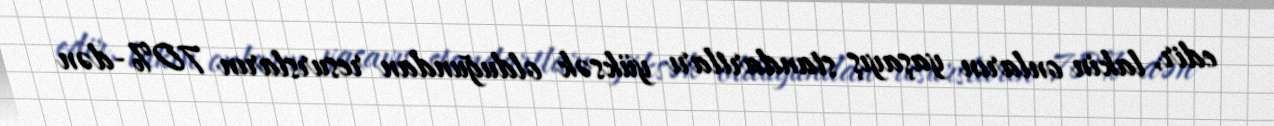
edir, lakin onların yaşayış standartları yüksək olduğundan resursların 70%-dən